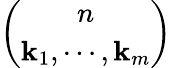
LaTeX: \binom{n}{\mathbf{k}_{1},\cdots,\mathbf{k}_{m}}